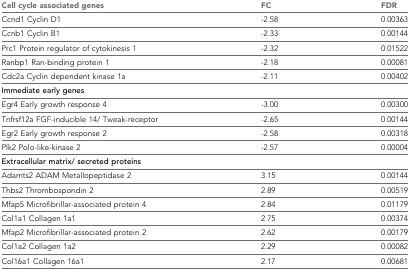
<table><thead><tr><td><b>Cell cycle associated genes</b></td><td><b>FC</b></td><td><b>FDR</b></td></tr></thead><tbody><tr><td>Ccnd1 Cyclin D1</td><td>-2.58</td><td>0.00363</td></tr><tr><td>Ccnb1 Cyclin B1</td><td>-2.33</td><td>0.00144</td></tr><tr><td>Prc1 Protein regulator of cytokinesis 1</td><td>-2.32</td><td>0.01522</td></tr><tr><td>Ranbp1 Ran-binding protein 1</td><td>-2.18</td><td>0.00081</td></tr><tr><td>Cdc2a Cyclin dependent kinase 1a</td><td>-2.11</td><td>0.00402</td></tr><tr><td colspan="3"><b>Immediate early genes</b></td></tr><tr><td>Egr4 Early growth response 4</td><td>-3.00</td><td>0.00300</td></tr><tr><td>Tnfrsf12a FGF-inducible 14/ Tweak-receptor</td><td>-2.65</td><td>0.00144</td></tr><tr><td>Egr2 Early growth response 2</td><td>-2.58</td><td>0.00318</td></tr><tr><td>Plk2 Polo-like-kinase 2</td><td>-2.57</td><td>0.00004</td></tr><tr><td colspan="3"><b>Extracellular matrix/ secreted proteins</b></td></tr><tr><td>Adamts2 ADAM Metallopeptidase 2</td><td>3.15</td><td>0.00144</td></tr><tr><td>Thbs2 Thrombospondin 2</td><td>2.89</td><td>0.00519</td></tr><tr><td>Mfap5 Microfibrillar-associated protein 4</td><td>2.84</td><td>0.01179</td></tr><tr><td>Col1a1 Collagen 1a1</td><td>2.75</td><td>0.00374</td></tr><tr><td>Mfap2 Microfibrillar-associated protein 2</td><td>2.62</td><td>0.00179</td></tr><tr><td>Col1a2 Collagen 1a2</td><td>2.29</td><td>0.00082</td></tr><tr><td>Col16a1 Collagen 16a1</td><td>2.17</td><td>0.00681</td></tr></tbody></table>